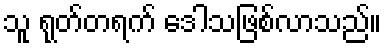
သူ ရုတ်တရက် ဒေါသဖြစ်လာသည်။